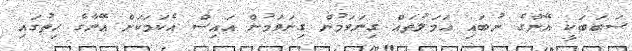
ސަބަބަކީ އޭނާގެ ނުބައި ޢަމަލުތައް ގިނަވަމުން ގިނަވަމުން އައިސް އެކަމަކަށް އޭނާގެ ހިތުގައި